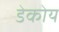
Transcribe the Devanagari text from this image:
डेकोय